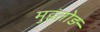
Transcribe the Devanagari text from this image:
मुहंतोड़